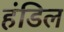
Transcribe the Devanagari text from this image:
हंडिल